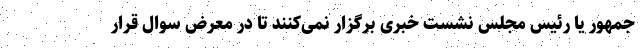
جمهور یا رئیس مجلس نشست خبری برگزار نمی‌کنند تا در معرض سوال قرار